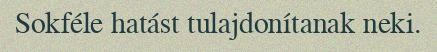
Sokféle hatást tulajdonítanak neki.